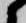
候